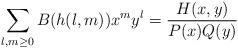
LaTeX: \begin{align*} \sum_{l,m\geq0}B(h(l,m))x^my^l=\frac{H(x,y)}{P(x)Q(y)}\end{align*}